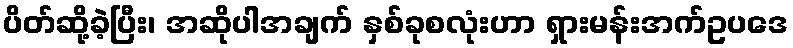
ပိတ်ဆို့ခဲ့ပြီး၊ အဆိုပါအချက် နှစ်ခုစလုံးဟာ ရှားမန်းအက်ဥပဒေ